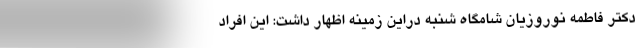
دکتر فاطمه نوروزیان شامگاه شنبه دراین زمینه اظهار داشت: این افراد